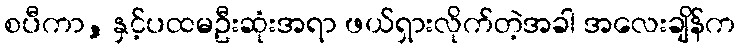
စပီကာ, နှင့်ပထမဦးဆုံးအရာ ဖယ်ရှားလိုက်တဲ့အခါ အလေးချိန်က